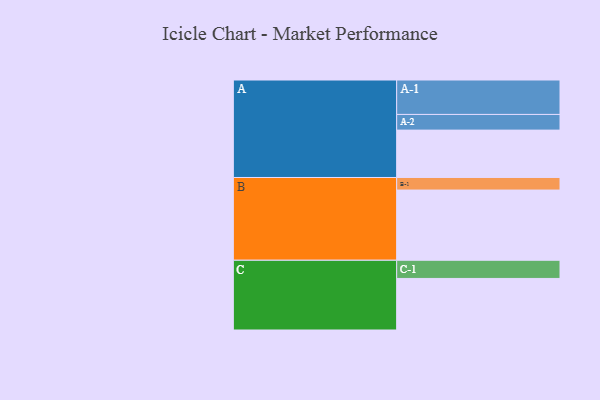
{"axis": {"x": "Segment", "y": "Value"}, "legend": ["", "A", "B", "C"], "data": [{"x": "A", "y": 396, "type": ""}, {"x": "B", "y": 587, "type": ""}, {"x": "C", "y": 431, "type": ""}, {"x": "A-1", "y": 288, "type": "A"}, {"x": "A-2", "y": 131, "type": "A"}, {"x": "B-1", "y": 105, "type": "B"}, {"x": "C-1", "y": 152, "type": "C"}]}